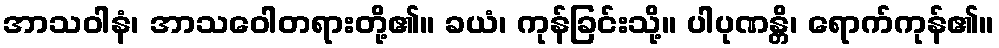
အာသဝါနံ၊ အာသဝေါတရားတို့၏။ ခယံ၊ ကုန်ခြင်းသို့။ ပါပုဏန္တိ၊ ရောက်ကုန်၏။